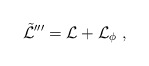
\begin{align*}\tilde{{\cal L}}'''={\cal L}+{\cal L}_\phi\ ,\end{align*}